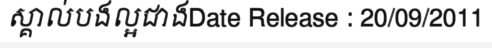
ស្គាល់បងល្អជាងDate Release : 20/09/2011